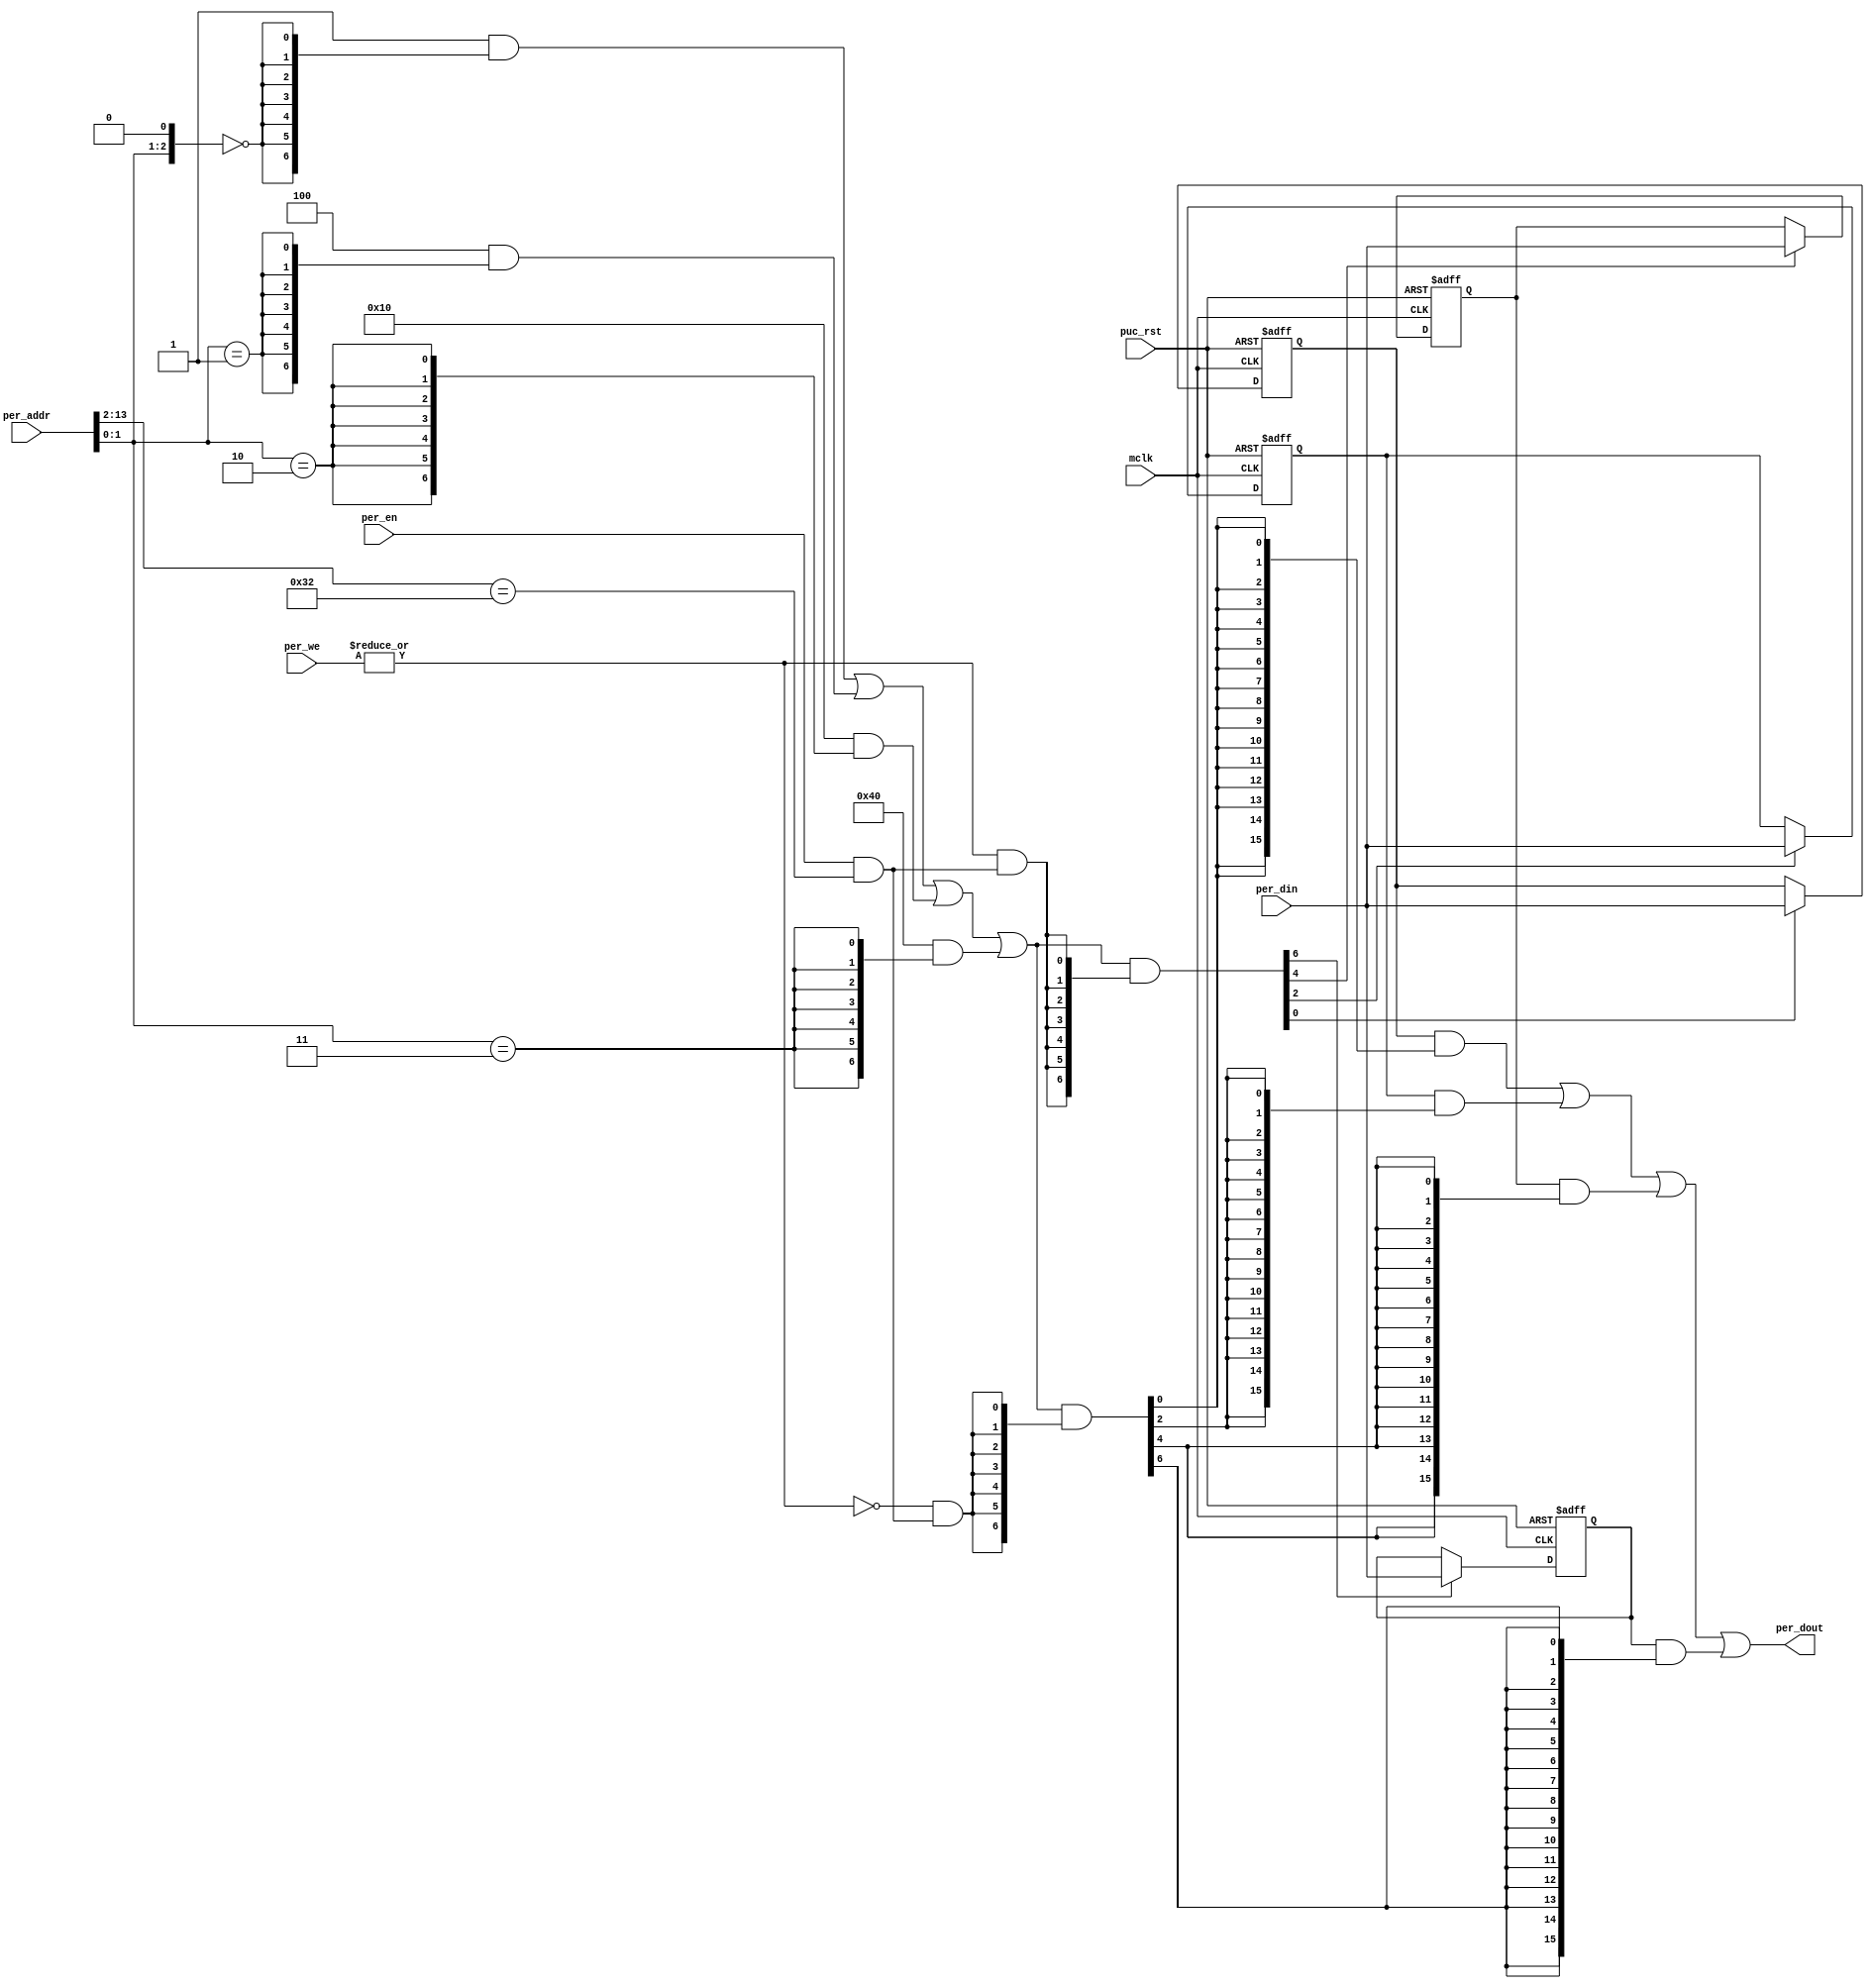
module  template_periph_16b (

// OUTPUTs
    per_dout,                       // Peripheral data output

// INPUTs
    mclk,                           // Main system clock
    per_addr,                       // Peripheral address
    per_din,                        // Peripheral data input
    per_en,                         // Peripheral enable (high active)
    per_we,                         // Peripheral write enable (high active)
    puc_rst                         // Main system reset
);

// OUTPUTs
//=========
output       [15:0] per_dout;       // Peripheral data output

// INPUTs
//=========
input               mclk;           // Main system clock
input        [13:0] per_addr;       // Peripheral address
input        [15:0] per_din;        // Peripheral data input
input               per_en;         // Peripheral enable (high active)
input         [1:0] per_we;         // Peripheral write enable (high active)
input               puc_rst;        // Main system reset


//=============================================================================
// 1)  PARAMETER DECLARATION
//=============================================================================

// Register base address (must be aligned to decoder bit width)
parameter       [14:0] BASE_ADDR   = 15'h0190;

// Decoder bit width (defines how many bits are considered for address decoding)
parameter              DEC_WD      =  3;

// Register addresses offset
parameter [DEC_WD-1:0] CNTRL1      = 'h0,
                       CNTRL2      = 'h2,
                       CNTRL3      = 'h4,
                       CNTRL4      = 'h6;

// Register one-hot decoder utilities
parameter              DEC_SZ      =  (1 << DEC_WD);
parameter [DEC_SZ-1:0] BASE_REG    =  {{DEC_SZ-1{1'b0}}, 1'b1};

// Register one-hot decoder
parameter [DEC_SZ-1:0] CNTRL1_D    = (BASE_REG << CNTRL1),
                       CNTRL2_D    = (BASE_REG << CNTRL2),
                       CNTRL3_D    = (BASE_REG << CNTRL3),
                       CNTRL4_D    = (BASE_REG << CNTRL4);


//============================================================================
// 2)  REGISTER DECODER
//============================================================================

// Local register selection
wire              reg_sel   =  per_en & (per_addr[13:DEC_WD-1]==BASE_ADDR[14:DEC_WD]);

// Register local address
wire [DEC_WD-1:0] reg_addr  =  {per_addr[DEC_WD-2:0], 1'b0};

// Register address decode
wire [DEC_SZ-1:0] reg_dec   =  (CNTRL1_D  &  {DEC_SZ{(reg_addr == CNTRL1 )}})  |
                               (CNTRL2_D  &  {DEC_SZ{(reg_addr == CNTRL2 )}})  |
                               (CNTRL3_D  &  {DEC_SZ{(reg_addr == CNTRL3 )}})  |
                               (CNTRL4_D  &  {DEC_SZ{(reg_addr == CNTRL4 )}});

// Read/Write probes
wire              reg_write =  |per_we & reg_sel;
wire              reg_read  = ~|per_we & reg_sel;

// Read/Write vectors
wire [DEC_SZ-1:0] reg_wr    = reg_dec & {DEC_SZ{reg_write}};
wire [DEC_SZ-1:0] reg_rd    = reg_dec & {DEC_SZ{reg_read}};


//============================================================================
// 3) REGISTERS
//============================================================================

// CNTRL1 Register
//-----------------
reg  [15:0] cntrl1;

wire        cntrl1_wr = reg_wr[CNTRL1];

always @ (posedge mclk or posedge puc_rst)
  if (puc_rst)        cntrl1 <=  16'h0000;
  else if (cntrl1_wr) cntrl1 <=  per_din;


// CNTRL2 Register
//-----------------
reg  [15:0] cntrl2;

wire        cntrl2_wr = reg_wr[CNTRL2];

always @ (posedge mclk or posedge puc_rst)
  if (puc_rst)        cntrl2 <=  16'h0000;
  else if (cntrl2_wr) cntrl2 <=  per_din;


// CNTRL3 Register
//-----------------
reg  [15:0] cntrl3;

wire        cntrl3_wr = reg_wr[CNTRL3];

always @ (posedge mclk or posedge puc_rst)
  if (puc_rst)        cntrl3 <=  16'h0000;
  else if (cntrl3_wr) cntrl3 <=  per_din;


// CNTRL4 Register
//-----------------
reg  [15:0] cntrl4;

wire        cntrl4_wr = reg_wr[CNTRL4];

always @ (posedge mclk or posedge puc_rst)
  if (puc_rst)        cntrl4 <=  16'h0000;
  else if (cntrl4_wr) cntrl4 <=  per_din;


//============================================================================
// 4) DATA OUTPUT GENERATION
//============================================================================

// Data output mux
wire [15:0] cntrl1_rd  = cntrl1  & {16{reg_rd[CNTRL1]}};
wire [15:0] cntrl2_rd  = cntrl2  & {16{reg_rd[CNTRL2]}};
wire [15:0] cntrl3_rd  = cntrl3  & {16{reg_rd[CNTRL3]}};
wire [15:0] cntrl4_rd  = cntrl4  & {16{reg_rd[CNTRL4]}};

wire [15:0] per_dout   =  cntrl1_rd  |
                          cntrl2_rd  |
                          cntrl3_rd  |
                          cntrl4_rd;


endmodule